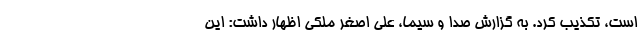
است، تکذیب کرد. به گزارش صدا و سیما، علی اصغر ملکی اظهار داشت: این